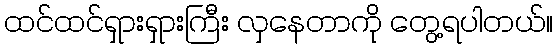
ထင်ထင်ရှားရှားကြီး လှနေတာကို တွေ့ရပါတယ်။